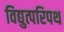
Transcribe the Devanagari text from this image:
विद्युत्परिपथ